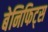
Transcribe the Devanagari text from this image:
बेनिफिट्स